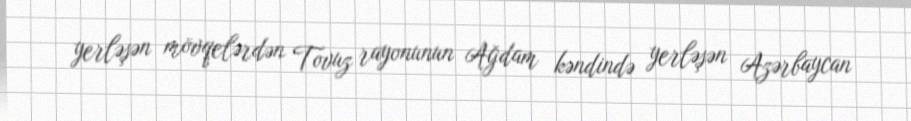
yerləşən mövqelərdən Tovuz rayonunun Ağdam kəndində yerləşən Azərbaycan